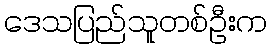
ဒေသပြည်သူတစ်ဦးက